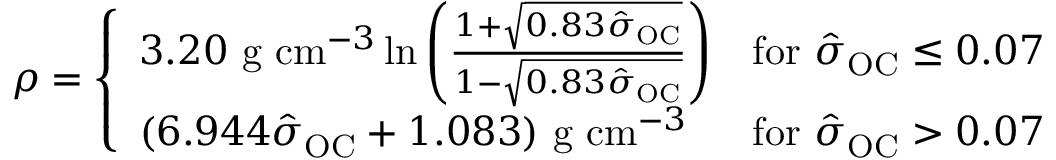
\rho = { \left\{ \begin{array} { l l } { 3 . 2 0 { \mathrm { ~ g ~ c m } } ^ { - 3 } \ln \left( { \frac { 1 + { \sqrt { 0 . 8 3 { \hat { \sigma } } _ { \mathrm { O C } } } } } { 1 - { \sqrt { 0 . 8 3 { \hat { \sigma } } _ { \mathrm { O C } } } } } } \right) } & { { \mathrm { f o r ~ } } { \hat { \sigma } } _ { \mathrm { O C } } \leq 0 . 0 7 } \\ { ( 6 . 9 4 4 { \hat { \sigma } } _ { \mathrm { O C } } + 1 . 0 8 3 ) { \mathrm { ~ g ~ c m } } ^ { - 3 } } & { { \mathrm { f o r ~ } } { \hat { \sigma } } _ { \mathrm { O C } } > 0 . 0 7 } \end{array} \right. }